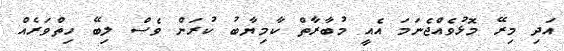
އަދި މިރޭ މޮޅުވެއްޖެނަމަ އެއީ މުބާރާތް ކާމިޔާބު ކުރަން ވެސް ލިބޭ ހިތްވަރެއް